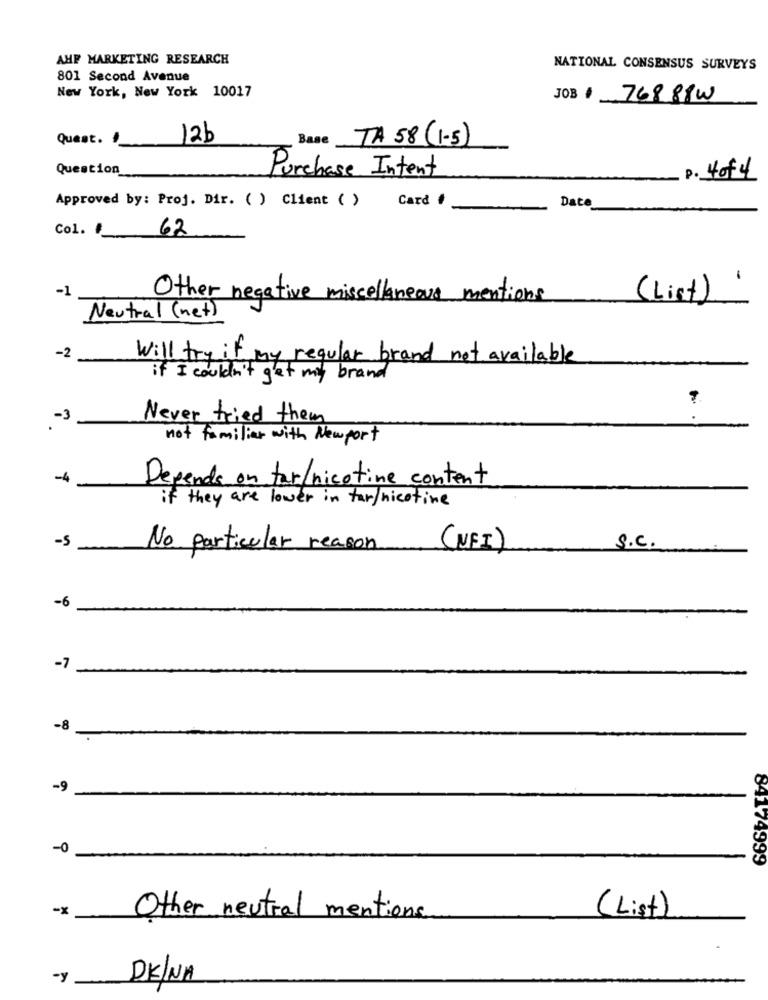
AHF MARKETING RESEARCH
NATIONAL CONSENSUS SURVEYS
801 Second Avenue
New York, New York 10017
JOB
76888W
Quest. !
12b
Base
TA 58 (1-5)
Question
Purchase Intent
P. 4of 4
Approved by: Proj. Dir. ( ) Client ( )
Card #
Date
Col. #_
62
-1
Other negative miscellaneous mentions
(List)'
Neutral (net)
-2
will try if my regular brand not available
if I couldn't get my brand
-3
Never tried them
not familiar with Newport
-4
Depends on tar/nicotine content
if they are lower in tar/nicotine
-5
No particular reason
(NFI)
S.C.
-6
-7
-8
-9
-0
84174999
-x
Other neutral mentions
(List)
-y
DK/NA